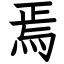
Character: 焉